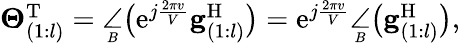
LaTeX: \begin{array}{r}{\mathbf{\Theta}_{(1:l)}^{\mathrm{T}}=\underset{^B}{\angle}\big(\mathrm{e}^{j\frac{2\pi v}{V}}\mathbf{g}_{(1:l)}^{\mathrm{H}}\big)=\mathrm{e}^{j\frac{2\pi v}{V}}\underset{^B}{\angle}\big(\mathbf{g}_{(1:l)}^{\mathrm{H}}\big),}\end{array}